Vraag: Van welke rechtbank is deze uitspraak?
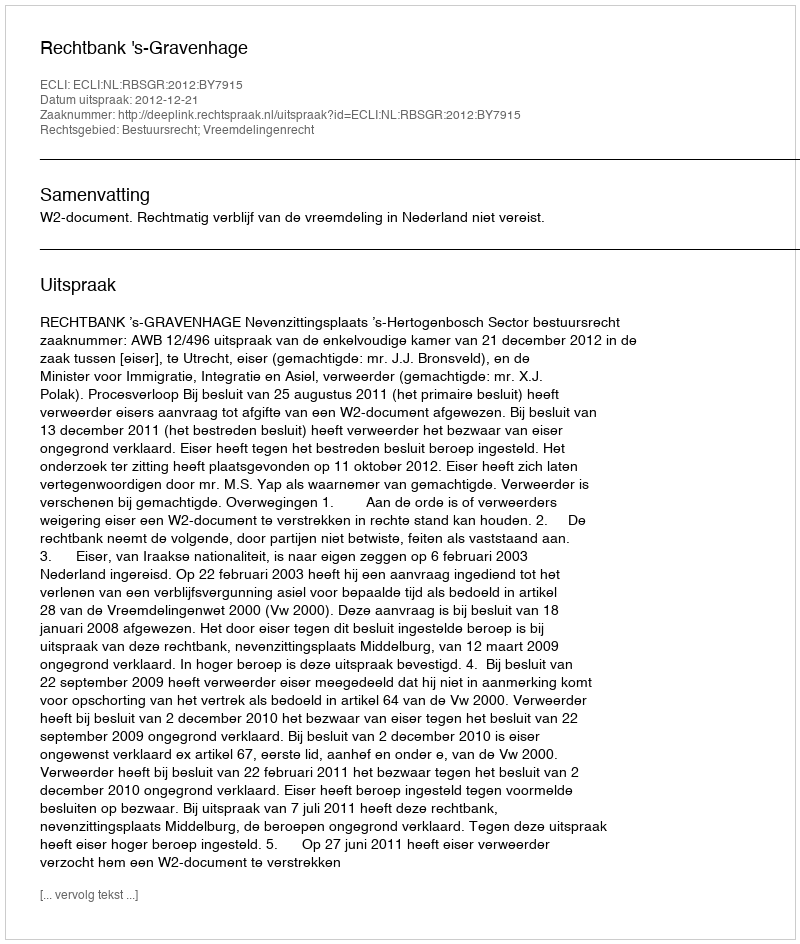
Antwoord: Rechtbank 's-Gravenhage